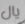
يال